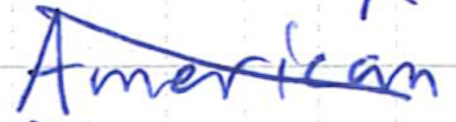
Text: American
Cross-out: diagonal
Writing tool: ballpoint